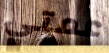
عمتي